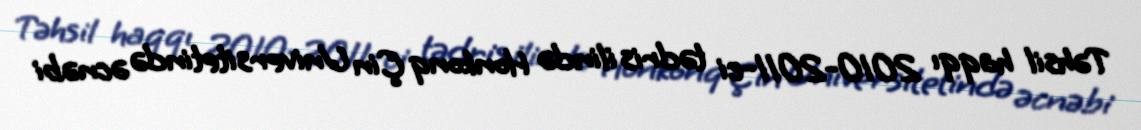
Təhsil haqqı 2010-2011-ci tədris ilində Honkonq Çin Universitetində əcnəbi